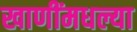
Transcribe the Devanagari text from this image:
खाणींमधल्या